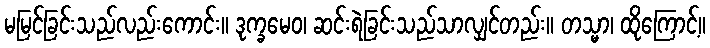
မမြင်ခြင်းသည်လည်းကောင်း။ ဒုက္ခမေဝ၊ ဆင်းရဲခြင်းသည်သာလျှင်တည်း။ တသ္မာ၊ ထိုကြောင့်။